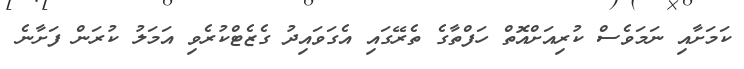
ކަމަށާއި ނަމަވެސް ކުރިއަށްއޮތް ހަފްތާގެ ތެރޭގައި އެގަވައިދު ގެޒެޓްކުރެވި އަމަލު ކުރަން ފަށާނެ